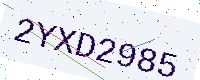
Text: 2YXD2985